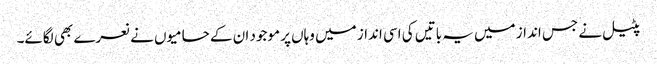
پٹیل نے جس انداز میں یہ باتیں کی اسی انداز میں وہاں پر موجود ان کے حامیوں نے نعرے بھی لگائے۔